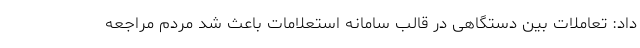
داد: تعاملات بین دستگاهی در قالب سامانه استعلامات باعث شد مردم مراجعه